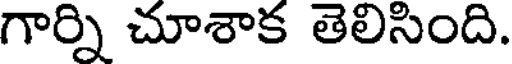
గార్ని చూశాక తెలిసింది.